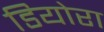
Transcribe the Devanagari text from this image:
डियोरा